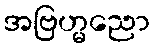
အဗြဟ္မညော